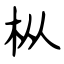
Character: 枞